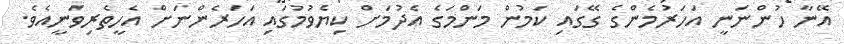
އޭނާ ހުންނަނީ އަހަރުމެންގެ ގޭގައި ކަމުން މަންމަގެ އެދުމަށް ކިޔެވުމުގައި އަހަރެންނަށް އެހީތެރިވަނީއެވެ.